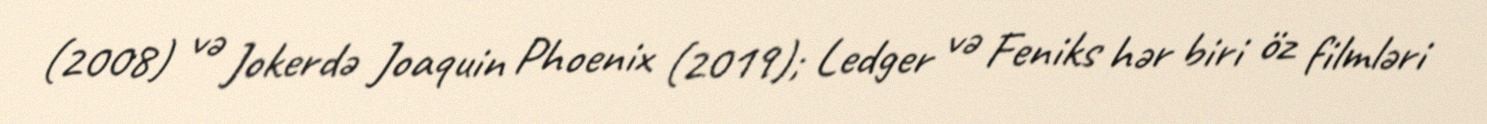
(2008) və Jokerdə Joaquin Phoenix (2019); Ledger və Feniks hər biri öz filmləri